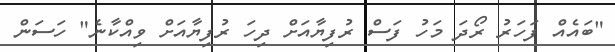
"ބައެއް ފަހަރު ރޯދަ މަހު ފަސް ރުފިޔާއަށް ދިހަ ރުފިޔާއަށް ވިއްކާނެ" ހަސަން